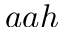
a a h